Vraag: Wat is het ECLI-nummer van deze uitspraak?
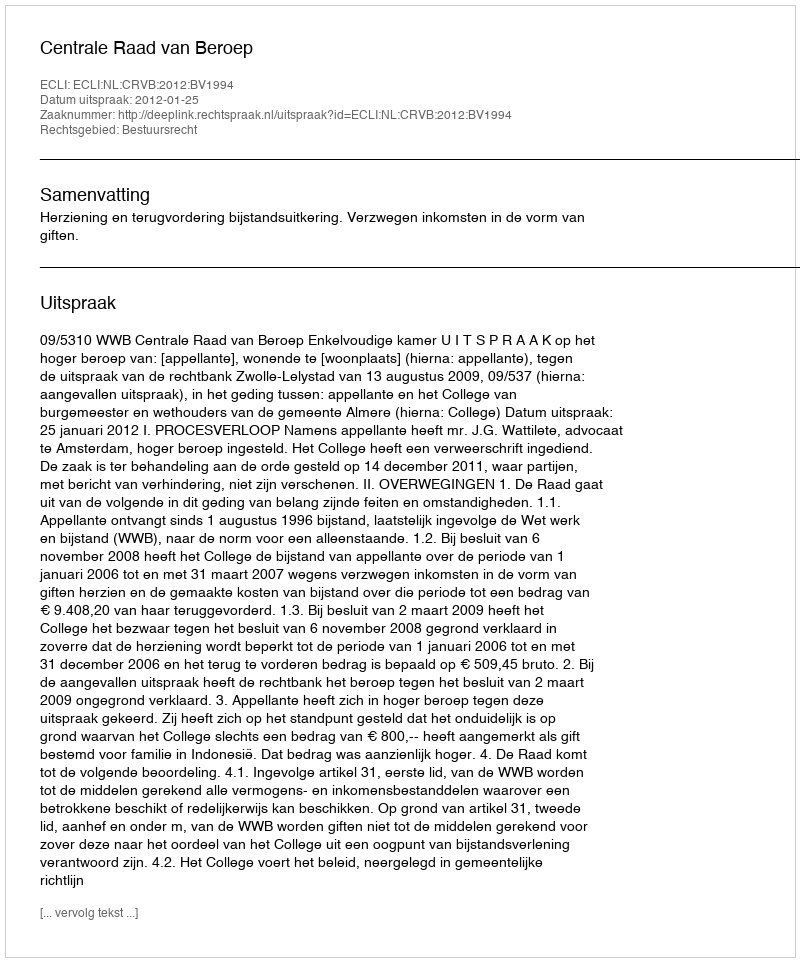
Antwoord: ECLI:NL:CRVB:2012:BV1994